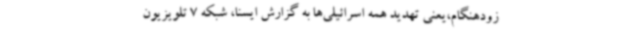
زودهنگام،یعنی تهدید همه اسرائیلی‌ها به گزارش ایسنا، شبکه 7 تلویزیون